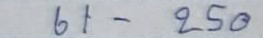
61 - 250